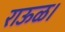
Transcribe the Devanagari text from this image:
राऊळ।